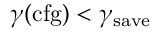
\gamma ( \mathrm { c f g } ) < \gamma _ { \mathrm { s a v e } }